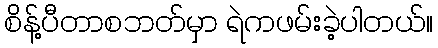
စိန့်ပီတာစဘတ်မှာ ရဲကဖမ်းခဲ့ပါတယ်။